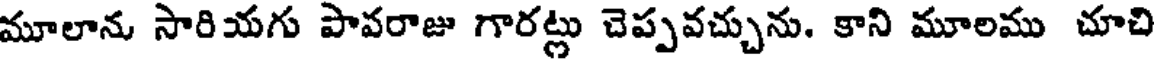
మూలాను సారియగు పావరాజు గారట్లు చెప్పవచ్చును. కాని మూలము చూచి